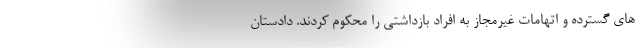
های گسترده و اتهامات غیرمجاز به افراد بازداشتی را محکوم کردند. دادستان